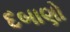
દબાણો